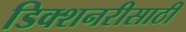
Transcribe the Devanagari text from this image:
डिक्शनरीसाठी